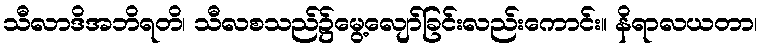
သီလာဒိအဘိရတိ၊ သီလစသည်၌မွေ့လျော်ခြင်းလည်းကောင်း။ နိရာလယတာ၊